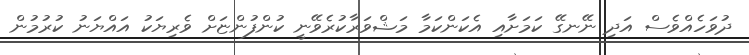
ދުވަހެއްވެސް އަދި ނޭނގޭ ކަމަށާއި އެކަންކަމާ މަޝްވަރާކުރެވޭނީ ކުންފުންޏަށް ވެރިޔަކު އައްޔަނު ކުރުމުން